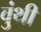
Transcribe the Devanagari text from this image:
वुंथी